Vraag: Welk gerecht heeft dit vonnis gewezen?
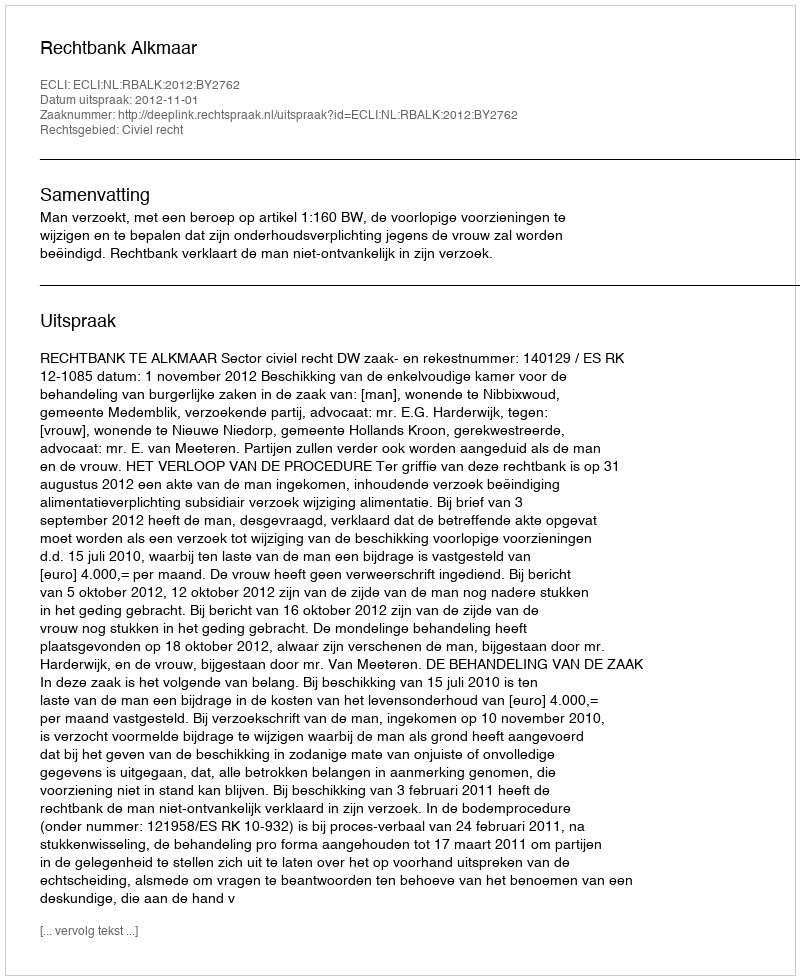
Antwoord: Rechtbank Alkmaar